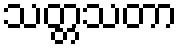
သတ္တသတာ